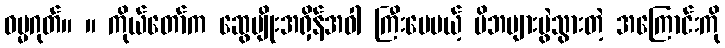
ဓမ္မဂုတ်။ ။ ကိုယ်တော်က ဆွေမျိုးအရှိန်အဝါ ကြီးပေမယ့် မိဘများမွဲသွားတဲ့ အကြောင်းကို